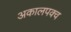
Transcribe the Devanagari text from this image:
अकालपक्व